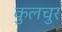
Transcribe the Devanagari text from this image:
कुलचुर